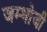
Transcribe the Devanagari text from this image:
जम्भोजी